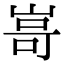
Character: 𭖫